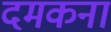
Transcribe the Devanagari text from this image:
दमकना